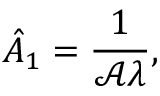
\hat { A } _ { 1 } = \frac { 1 } { \mathcal { A } \lambda } ,